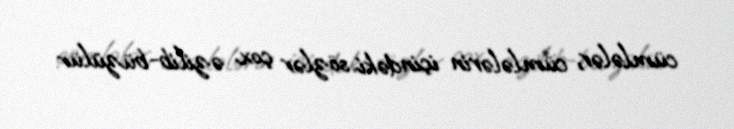
cümlələr, cümlələrin içindəki sözlər çox əzilib-büzülür.